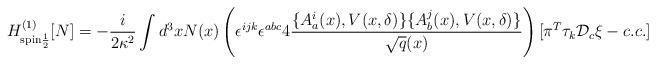
LaTeX: \begin{align*}H^{(1)}_{\rm spin\frac{1}{2}}[N] = - \frac{i}{2\kappa^2}\int d^3x N(x) \left(\epsilon^{ijk}\epsilon^{abc} 4\frac{\{A_a^i(x),V(x,\delta)\} \{A_b^j(x),V(x,\delta)\}}{\sqrt{q}(x)} \right)[\pi^T\tau_k{\cal D}_c\xi -c.c.]\end{align*}